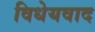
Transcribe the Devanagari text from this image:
विधेयवाद